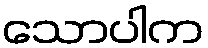
သောပါက